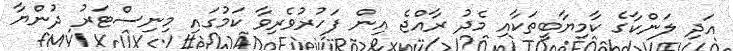
އަދި ލަންކާގެ ކާމިޔާބީތަކާއި މެދު ރާއްޖެ އިން ފަހުރުވެރިވާ ކަމުގައި މިނިސްޓަރު ދުންޔާ